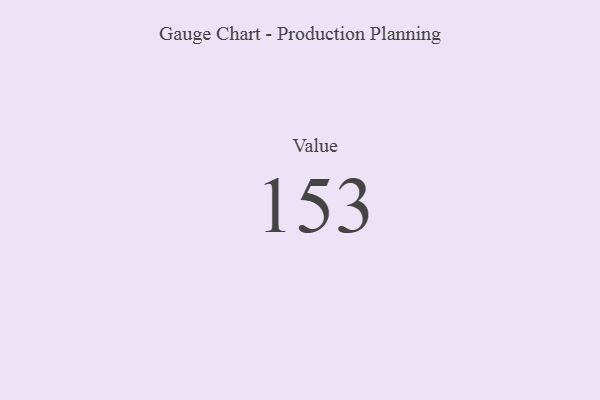
{"axis": {"x": "Metric", "y": "Value"}, "legend": [""], "data": [{"x": "Value", "y": 153, "type": ""}]}